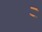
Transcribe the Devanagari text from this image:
र्‍